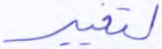
لتغيير